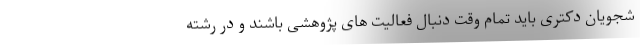
شجویان دکتری باید تمام وقت دنبال فعالیت های پژوهشی باشند و در رشته